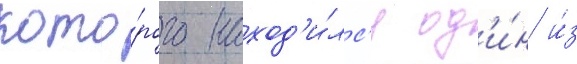
кото́рого наход'и́лс'я од'и́н и́з